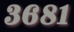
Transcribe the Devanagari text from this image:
३६८१